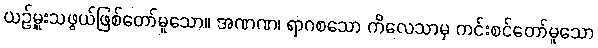
ယဉ်မှူးသဖွယ်ဖြစ်တော်မူသော။ အဏဏ၊ ရာဂစသော ကိလေသာမှ ကင်းစင်တော်မူသော